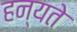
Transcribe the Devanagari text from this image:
हन्यते